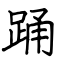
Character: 踊